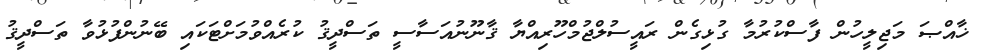
ޚާއްޞަ މަޖިލީހުން ފާސްކުރުމާ ގުޅިގެން ރައީސުލްޖުމްހޫރިއްޔާ ޤާނޫނުއަސާސީ ތަސްދީޤު ކުރެއްވުމަށްޓަކައި ބޭނުންފުޅުވާ ތަސްދީޤު